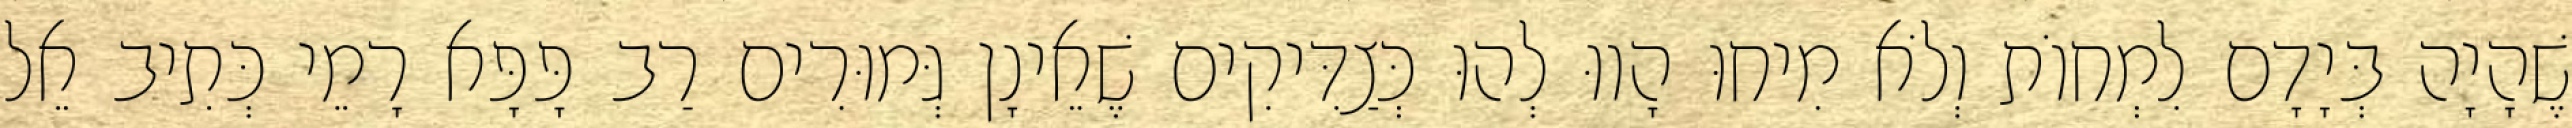
שֶׁהָיָה בְּיָדָם לִמְחוֹת וְלֹא מִיחוּ הָווּ לְהוּ כְּצַדִּיקִים שֶׁאֵינָן גְּמוּרִים רַב פָּפָּא רָמֵי כְּתִיב אֵל